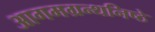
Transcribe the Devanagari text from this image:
आगमग्रन्थनिष्ठे